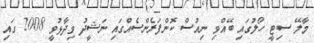
މާލޭ ސިޓީ ހޯލުގައި ބޭއްވި ނިއުސް ކޮންފަރެންސެއްގައި ނަޝީދު ވިދާޅުވީ 2008 ގައި